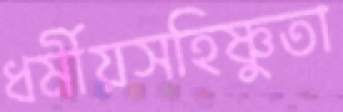
ধর্মীয়সহিষ্ণুতা